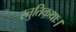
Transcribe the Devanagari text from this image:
स्तुतिकथाः।